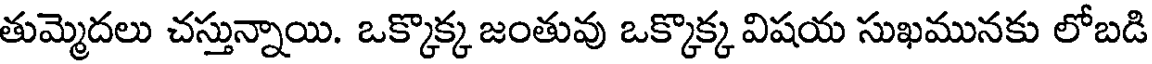
తుమ్మెదలు చస్తున్నాయి. ఒక్కొక్క జంతువు ఒక్కొక్క విషయ సుఖమునకు లోబడి